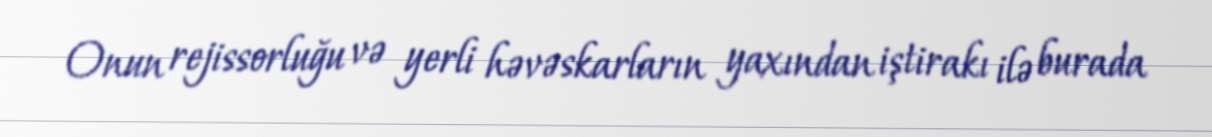
Onun rejissorluğu və yerli həvəskarların yaxından iştirakı ilə burada